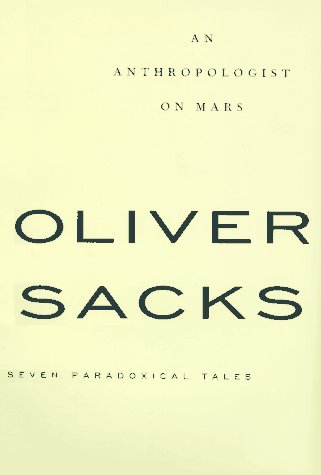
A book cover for An Anthropologist On Mars: Seven Paradoxical Tales; Oliver Sacks; Science & Math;